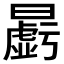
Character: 𱢱